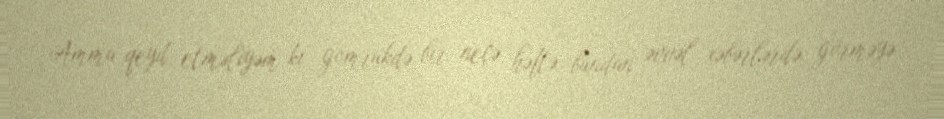
Amma qeyd etməliyəm ki, gömrükdə bir neçə həftə bundan əvvəl xəbərlərdə görməyə